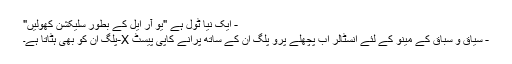
- ایک نیا ٹول ہے "یو آر ایل کے بطور سلیکشن کھولیں"
- سیاق و سباق کے مینو کے لئے انسٹالر اب پچھلے پرو پلگ ان کے ساتھ پرانے کاپی پیسٹ X-پلگ ان کو بھی ہٹاتا ہے۔